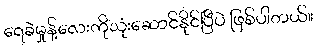
ရေခဲမှုန့်လေးကိုသုံးဆောင်နိုင်ပြီပဲ ဖြစ်ပါတယ်။